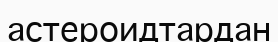
астероидтардан